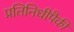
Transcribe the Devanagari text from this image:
प्रतिनिधीपैकी